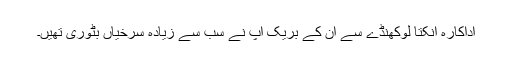
اداکارہ انکتا لوکھنڈے سے ان کے بریک اپ نے سب سے زیادہ سرخیاں بٹوری تھیں۔